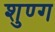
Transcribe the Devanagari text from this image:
शुण्ग